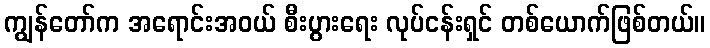
ကျွန်တော်က အရောင်းအဝယ် စီးပွားရေး လုပ်ငန်းရှင် တစ်ယောက်ဖြစ်တယ်။